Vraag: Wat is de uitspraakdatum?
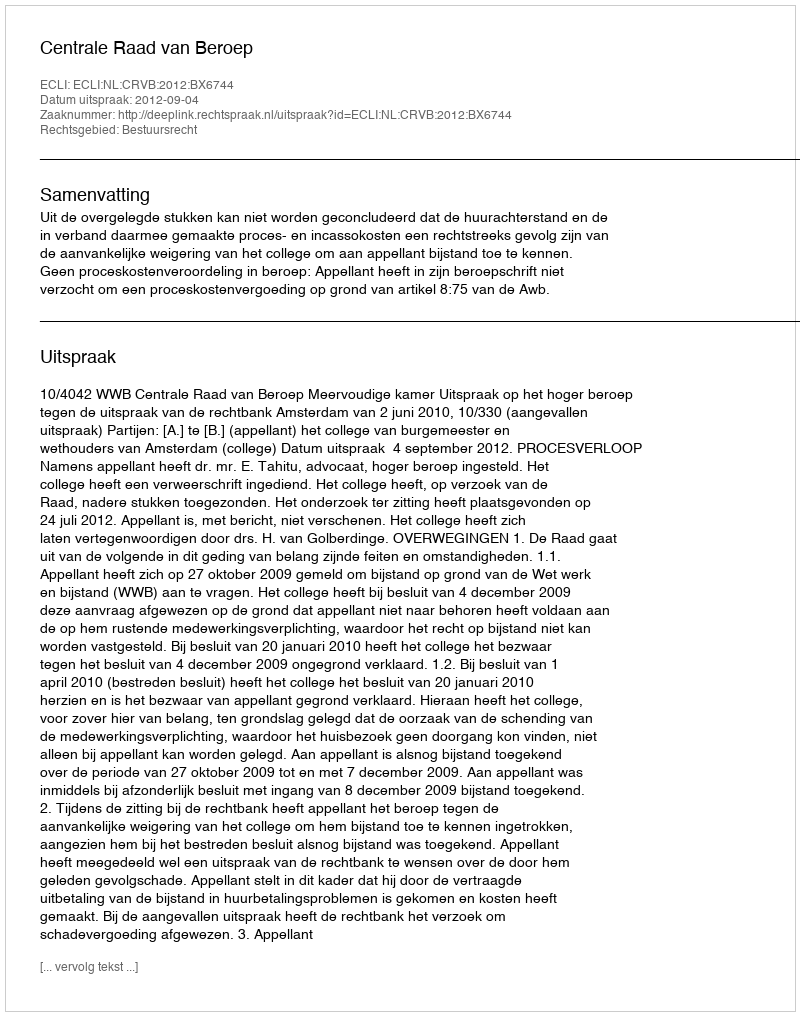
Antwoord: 2012-09-04